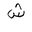
Letter: _shin